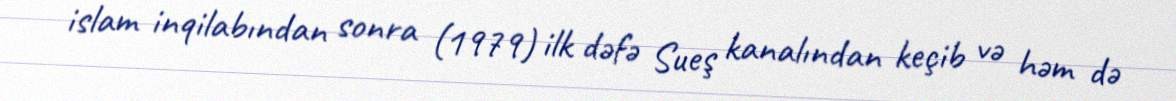
islam inqilabından sonra (1979) ilk dəfə Sueş kanalından keçib və həm də